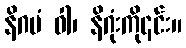
နိဂမံ ဝါ၊ နိဂုံးကို၎င်း။